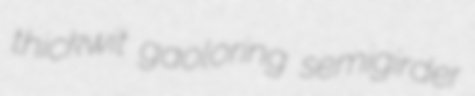
thickwit gaoloring semigirder